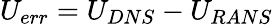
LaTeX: U_{err}=U_{DNS}-U_{RANS}